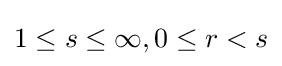
1\leq s\leq \infty ,0\leq r<s